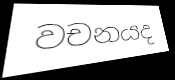
වචනයද